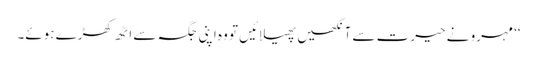
‘‘ مہرو نے حیرت سے آنکھیں پھیلائیں تو وہ اپنی جگہ سے اٹھ کھڑے ہوئے۔